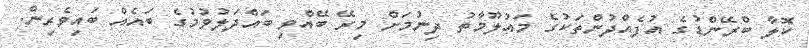
ކޮލާ ބްރޭންޑުގެ އުފެއްދުންތަކުގެ މައުލޫމާތު ދިނުމަށް މިރޭ ބޭއްވި ބައްދަލުވުމުގެ ބައެއް ބައިވެރިން.